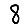
Digit: 8